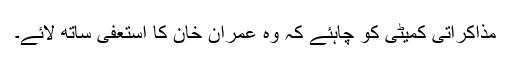
مذاکراتی کمیٹی کو چاہئے کہ وہ عمران خان کا استعفیٰ ساتھ لائے۔